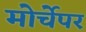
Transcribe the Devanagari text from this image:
मोर्चेपर